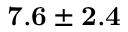
{ \bf 7 . 6 \pm 2 . 4 }